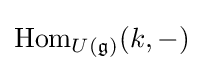
\operatorname {Hom} _{U({\mathfrak {g}})}(k,-)